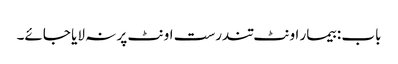
باب : بیمار اونٹ تندرست اونٹ پر نہ لایا جائے۔